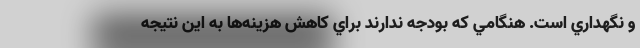
و نگهداري است. هنگامي كه بودجه ندارند براي كاهش هزينه‌ها به اين نتيجه